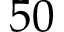
5 0